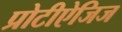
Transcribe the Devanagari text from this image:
प्रोटीऐजिज